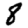
Digit: 8